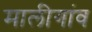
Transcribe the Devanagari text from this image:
मालीगांव